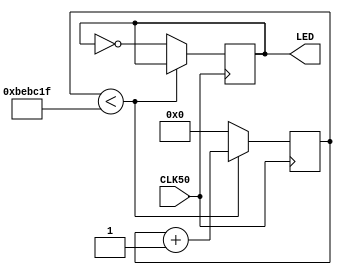
module Blinky (
		input CLK50,  // 50 MHz Clock
		output LED    // LED to blink
	);

	// localparam DELAY = 25'd25_000_000-1;      // 1 blink a second  
	localparam DELAY = 25'd12_500_000-1;   // 2 blinks a second

	reg [24:0] counter;
	reg clk;

	always @(posedge CLK50) begin
		if (counter < DELAY) 
			counter <= counter + 1'b1;
		else begin
			counter <= 25'd0;
			clk <= ~clk;
		end
	end

	assign LED = clk;

endmodule // Blinky